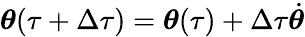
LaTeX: \boldsymbol{\theta}(\tau+\Delta\tau)=\boldsymbol{\theta}(\tau)+\Delta\tau\dot{\boldsymbol{\theta}}